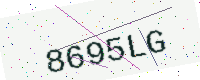
Text: 8695LG